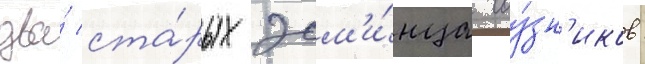
два́ ста́рых эсм'и́нца соу́зн'иков: